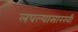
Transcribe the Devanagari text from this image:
लपल्यासारखी